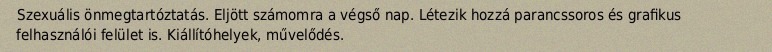
Szexuális önmegtartóztatás. Eljött számomra a végső nap. Létezik hozzá parancssoros és grafikus felhasználói felület is. Kiállítóhelyek, művelődés.